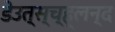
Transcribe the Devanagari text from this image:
डेउत्स्च्ह्लन्द